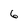
Character: 6